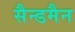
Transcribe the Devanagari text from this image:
सैन्डमैन